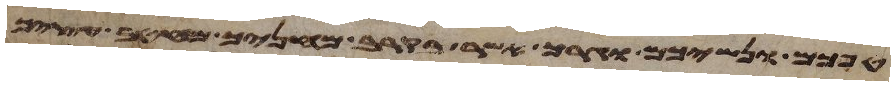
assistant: טפכם ונשיכם וגרך אשר בקרב מחניך מחטב עציך